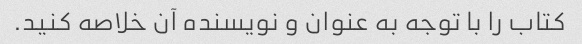
کتاب را با توجه به عنوان و نویسنده آن خلاصه کنید.